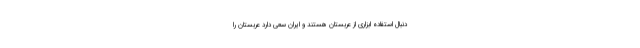
دنبال استفاده ابزاری از عربستان هستند و ایران سعی دارد عربستان را